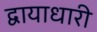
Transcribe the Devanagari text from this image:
द्वायाधारी